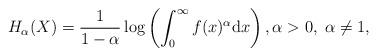
LaTeX: \begin{align*}H_\alpha(X)=\frac{1}{1-\alpha}\log\left(\int^\infty_0f(x)^{\alpha}\mathrm{d}x\right),\alpha > 0,\;\alpha \neq 1,\end{align*}